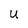
Character: U